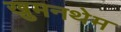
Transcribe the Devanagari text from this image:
खुमनथेम